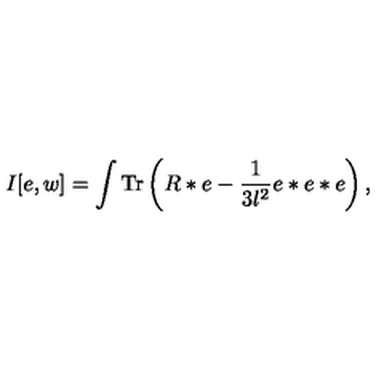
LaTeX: I [ e , w ] = \int \mathrm { T r } \left( R * e - { \frac { 1 } { 3 l ^ { 2 } } } e * e * e \right) ,